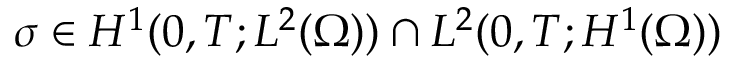
\sigma \in H ^ { 1 } ( 0 , T ; L ^ { 2 } ( \Omega ) ) \cap L ^ { 2 } ( 0 , T ; H ^ { 1 } ( \Omega ) )